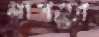
লাগতো